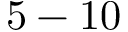
5 - 1 0